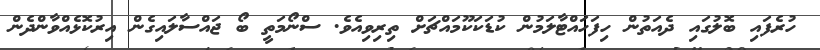
ހުރެފައި ބޮލުގައި ދެއަތުން ހިފަހައްޓާލަމުން ކުޑަކަކޫމައްޗަށް ތިރިވިއެވެ. ސްނޯމަތީ ބޯ ޖައްސާލައިގެން އިރުކޮޅެއްވާންދެން